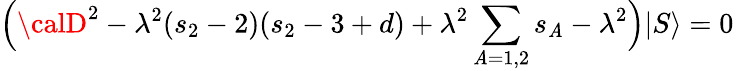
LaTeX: \Big({\calD}^{2}-\lambda^{2}(s_{2}-2)(s_{2}-3+d)+\lambda^{2}\sum_{\mathit{A}=1,2}s_{\mathit{A}}-\lambda^{2}\Big)|S\rangle=0\,